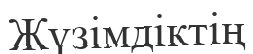
Жүзімдіктің